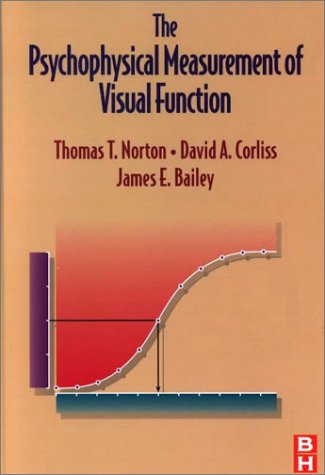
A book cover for Psychophysical Measurement of Visual Function, 1e; Thomas Norton PhD  FAAO; Medical Books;